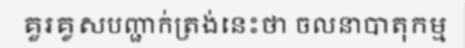
គួរគូសបញ្ជាក់ត្រង់នេះថា ចលនាបាតុកម្ម